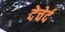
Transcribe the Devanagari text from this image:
देचेर्द